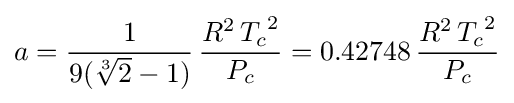
a={\frac {1}{9({\sqrt[{3}]{2}}-1)}}\,{\frac {R^{2}\,{T_{c}}^{2}}{P_{c}}}=0.42748\,{\frac {R^{2}\,{T_{c}}^{2}}{P_{c}}}